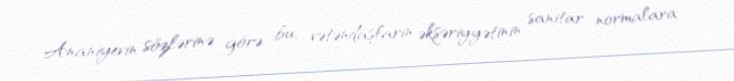
Ananiyevin sözlərinə görə, bu, vətəndaşların əksəriyyətinin sanitar normalara